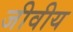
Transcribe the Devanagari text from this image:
जीवीय